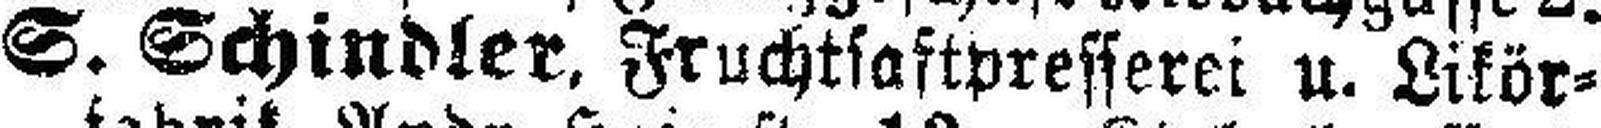
S. Schindler, Fruchtsaftpresserei u. Likör¬